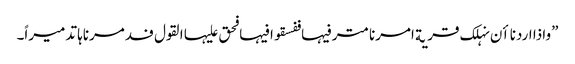
”واذا اردنا اٴن نہلک قریة امرنا مترفیہا ففسقوا فیہا فحق علیہا القول فدمرناہا تدمیراً۔